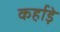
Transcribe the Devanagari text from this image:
कर्हाड़े